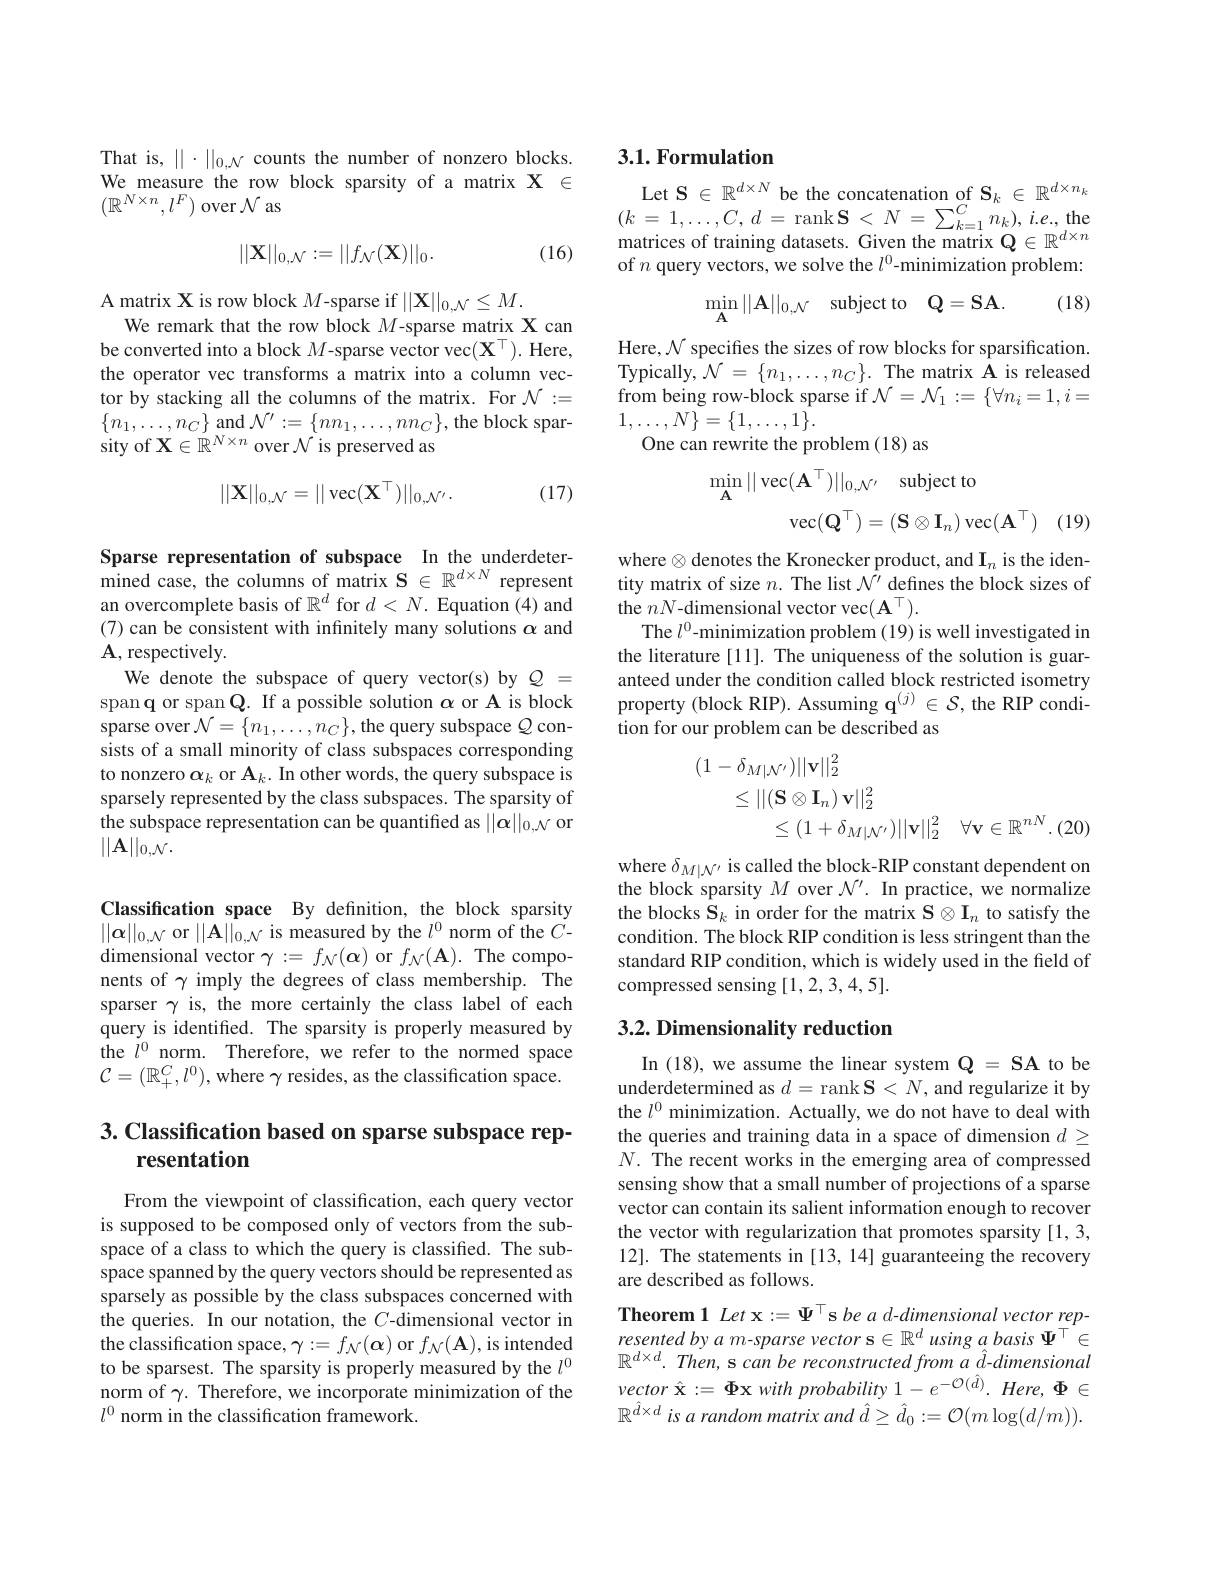
That is, $||\cdot||_{0,\mathcal{N}}$ counts the number of nonzero blocks. We measure the row block sparsity of a matrix $\mathbf{X}\in$ $(\mathbb{R}^{N\times n},l^F)$ over $\mathcal{N}$ as

(16)
$$||\mathbf{X}||_{0,\mathcal{N}}:=||f_{\mathcal{N}}(\mathbf{X})||_{0}.$$
A matrix X is row block $M$-sparse if $||\mathbf{X}||_{0,\mathcal{N}}\leq M.$
We remark that the row block $M$-sparse matrix X can be converted into a block $M$-sparse vector vec$(\mathbf{X}^\top).$ Here, the operator vec transforms a matrix into a column vector by stacking all the columns of the matrix. For $\mathcal{N}:=$ $\{n_{1},\ldots,n_{C}\}$ and $\mathcal{N}^\prime:=\{nn_{1},\ldots,nn_{C}\}$,the block sparsity of $\mathbf{X}\in\mathbb{R}^{N\times n}$ over $\mathcal{N}$ is preserved as
$$||\mathbf{X}||_{0,\mathcal{N}}=||\operatorname{vec}(\mathbf{X}^\top)||_{0,\mathcal{N}^{\prime}}.$$
(17)

Sparse representation of subspace In the underdetermined case, the columns of matrix $\mathbf{S}\in\mathbb{R}^d\times N$ represent an overcomplete basis of $\mathbb{R}^d$ for $d<N.$ Equation $\hat{(4)}$ and (7) can be consistent with infinitely many solutions $\alpha$ and $\mathbf{A}$, respectively
We denote the subspace of query vector(s) by $Q=$ span q or span Q. If a possible solution $\alpha$ or A is block sparse over $\mathcal{N}=\{n_1,\ldots,n_C\}$,the query subspace $Q$ consists of a small minority of class subspaces corresponding to nonzero $\alpha_k$ or $\mathbf{A}_k.$ In other words, the query subspace is sparsely represented by the class subspaces. The sparsity of the subspace representation can be quantified as $||\alpha||_{0,\mathcal{N}}$ or $||\mathbf{A}||_{0,\mathcal{N}}.$

Classification space By definition, the block sparsity $||\boldsymbol{\alpha}||_{0,\mathcal{N}}$ or $||\mathbf{A}||_{0,\mathcal{N}}$ is measured by the $l^0$ norm of the $C$- ${\mathrm{dimensional~vector~}\gamma:=f_{\mathcal{N}}(\boldsymbol{\alpha})\mathrm{~or~}f_{\mathcal{N}}(\mathbf{A}).\mathrm{~The~compo-}}$ nents of $\gamma$ imply the degrees of class membership. The sparser $\gamma$ is, the more certainly the class label of each query is identified. The sparsity is properly measured by the $l^{0}$ norm. Therefore, we refer to the normed space $\mathcal{C}=(\mathbb{R}_+^C,l^0)$,where $\gamma$ resides, as the classification space.

# 3. Classification based on sparse subspace representation

From the viewpoint of classification, each query vector is supposed to be composed only of vectors from the subspace of a class to which the query is classified. The subspace spanned by the query vectors should be represented as sparsely as possible by the class subspaces concerned with the queries. In our notation, the $C$-dimensional vector in the classification space, $\gamma:=f_{\mathcal{N}}(\boldsymbol{\alpha})$ or $f_{\mathcal{N}}(\mathbf{A})$, is intended to be sparsest. The sparsity is properly measured by the $l^{0}$ norm of $\gamma.$ Therefore, we incorporate minimization of the $l^0$ norm in the classification framework.

## 3.1. Formulation

Let S $\in\mathbb{R}^d\times N$ be the concatenation of S$_k\in\mathbb{R}^d\times n_k$ $\begin{array}{l}(k\:=\:1,\ldots,C\:,\:d\:=\:\mathrm{rank~S~<~}N\:=\:\sum_{k=1}^{C}\:n_{k}),\:i.e.,\mathrm{the}\\\text{matrices of training datasets. Given the matrix Q}\in\mathbb{R}^{d\times n}\end{array}$ of $n$ query vectors, we solve the $l^0$-minimization problem:

(18)
$$\min_{\mathbf{A}}||\mathbf{A}||_{0,\mathcal{N}}\quad\mathrm{subject~to}\quad\mathbf{Q}=\mathbf{SA}.$$
Here, $\mathcal{N}$ specifes the sizes of row blocks for sparsification. Typically,$\mathcal{N}=\{n_1,\ldots,n_C\}.$ The matrix Å is released from being row-block sparse if $\mathcal{N}=\mathcal{N}_1:=\{\forall n_i=1,i=$ $1,\ldots,N\}=\{1,\ldots,1\}.$
One can rewrite the problem (18) as
$$\operatorname*{min}_{\mathbf{A}}||\operatorname{vec}(\mathbf{A}^{\top})||_{0,\mathcal{N}^{\prime}}\quad\mathrm{subject~to}\\\operatorname{vec}(\mathbf{Q}^{\top})=(\mathbf{S}\otimes\mathbf{I}_{n})\operatorname{vec}(\mathbf{A}^{\top})$$
(19)

where $\otimes$denotes the Kronecker product, and $\mathbf{I}_n$ is the identity matrix of size $n.$ The list $\mathcal{N}^\prime$ defines the block sizes of the $nN$-dimensional vector vec$(\mathbf{A}^\top).$
The $l^0$-minimization problem (19) is well investigated in the literature [11]. The uniqueness of the solution is guaranteed under the condition called block restricted isometry property (block RIP). Assuming $\mathbf{q}^{(j)}\in\mathcal{S}$, the RIP condition for our problem can be described as
$$\begin{aligned}(1-\delta_{M|\mathcal{N}^{\prime}})||\mathbf{v}||_{2}^{2}\\&\leq||(\mathbf{S}\otimes\mathbf{I}_{n})\:\mathbf{v}||_{2}^{2}\\&\leq(1+\delta_{M|N^{\prime}})||\mathbf{v}||_{2}^{2}\quad\forall\mathbf{v}\in\mathbb{R}^{nN}.\end{aligned}$$
where $\delta_{M|\mathcal{N}^{\prime}}$ is called the block-RIP constant dependent on the block sparsity $M$ over $\mathcal{N}^\prime.$ In practice, we normalize the blocks $\mathbf{S}_k$ in order for the matrix $\mathbf{S}\otimes\mathbf{I}_n$ to satisfy the condition. The block RIP condition is less stringent than the standard RIP condition, which is widely used in the field of compressed sensing [1,2,3,4,5].

## $3. 2. \textbf{ Dimensionality reduction}$

In (18), we assume the linear system Q = SA to be underdetermined as $d=$rank $\mathbf{S}<N$, and regularize it by the $l^0$ minimization. Actually, we do not have to deal with the queries and training data in a space of dimension $d\geq$ $N.$ The recent works in the emerging area of compressed sensing show that a small number of projections of a sparse vector can contain its salient information enough to recover the vector with regularization that promotes sparsity [1,3, 12]. The statements in [13, 14] guaranteeing the recovery are described as follows.
Theorem 1 Let x $:=\Psi^\top$s be a d-dimensional vector represented by a m-sparse vector s $\in\mathbb{R}^d$ using a basis $\Psi^\top\in$ $\mathbb{R}^{d\times d}.$ Then, s can be reconstructed from a $\hat{d}$-dimensional $vector\hat{\mathrm{x} } : = \Phi \mathbf{x}$ with probability $1-e^{-\mathcal{O}(\hat{d})}.Here,\Phi\in$ $\mathbb{R}^{\hat{d}\times d}$ is a random matrix and $\hat{d}\geq\hat{d}_0:=\mathcal{O}(m\log(d/m)).$